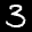
Label: 3